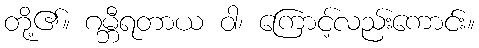
တို့၏။ ဂမ္ဘီရတာယ ဝါ၊ ကြောင့်လည်းကောင်း။